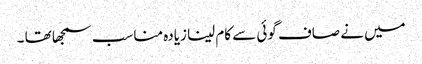
میں نے صاف گوئی سے کام لینا زیادہ مناسب سمجھا تھا ۔